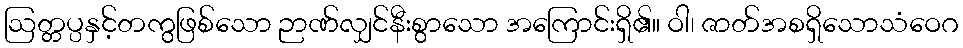
ဩတ္တပ္ပနှင့်တကွဖြစ်သော ဉာဏ်လျှင်နီးစွာသော အကြောင်းရှိ၏။ ဝါ၊ ဇာတ်အစရှိသောသံဝေဂ